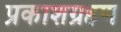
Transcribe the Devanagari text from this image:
प्रकाशग्रहण